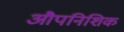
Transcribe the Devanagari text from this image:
औपनिशिक